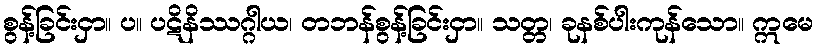
စွန့်ခြင်းငှာ။ ပ။ ပဋိနိဿဂ္ဂါယ၊ တဘန်စွန့်ခြင်းငှာ။ သတ္တ၊ ခုနစ်ပါးကုန်သော။ ဣမေ